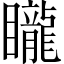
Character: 矓